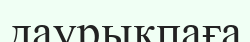
даурықпаға